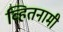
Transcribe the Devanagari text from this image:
व्हितनामी